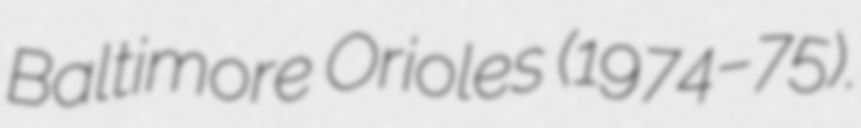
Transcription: Baltimore Orioles (1974–75).